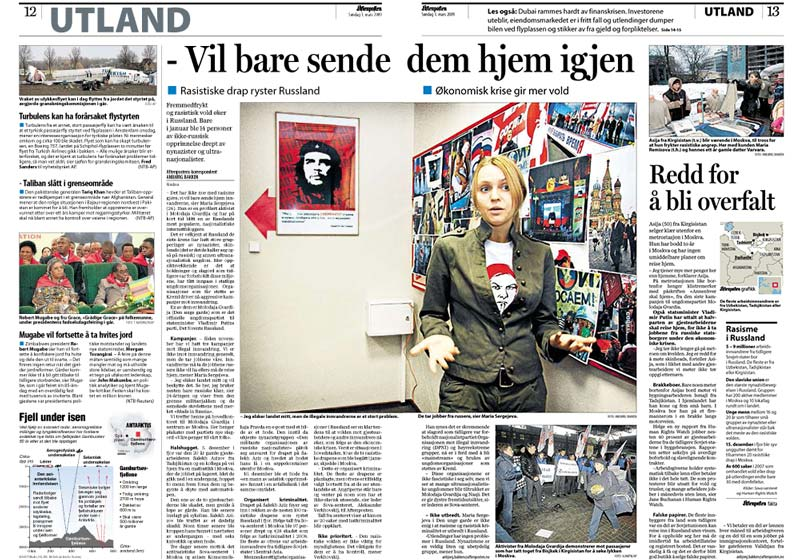
Language: no